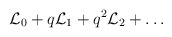
\begin{align*}{\cal L}_0 + q {\cal L}_1 + q^2 {\cal L}_2 + \dots\end{align*}